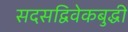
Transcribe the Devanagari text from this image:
सदसद्विवेकबुद्धी